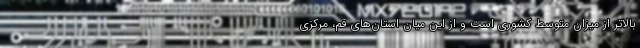
بالاتر از میزان متوسط کشوری است و از این میان استان‌های قم، مرکزی